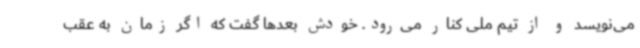
می‌نویسد و از تیم ملی کنار می‌رود. خودش بعدها گفت که اگر زمان به عقب